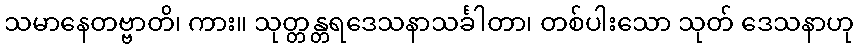
သမာနေတဗ္ဗာတိ၊ ကား။ သုတ္တန္တရဒေသနာသင်္ခါတာ၊ တစ်ပါးသော သုတ် ဒေသနာဟု